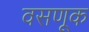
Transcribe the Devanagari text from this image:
वसणूक